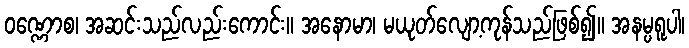
ဝဏ္ဏောစ၊ အဆင်းသည်လည်းကောင်း။ အနောမာ၊ မယုတ်လျော့ကုန်သည်ဖြစ်၍။ အနမ္ပရူပါ၊